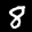
Label: 8